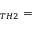
_ { T H 2 } =